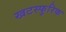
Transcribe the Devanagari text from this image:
खटस्फुरिक